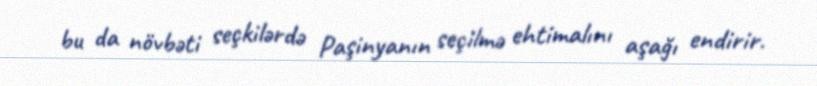
bu da növbəti seçkilərdə Paşinyanın seçilmə ehtimalını aşağı endirir.